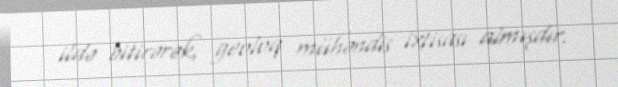
ildə bitirərək, geoloq mühəndis ixtisası almışdır.